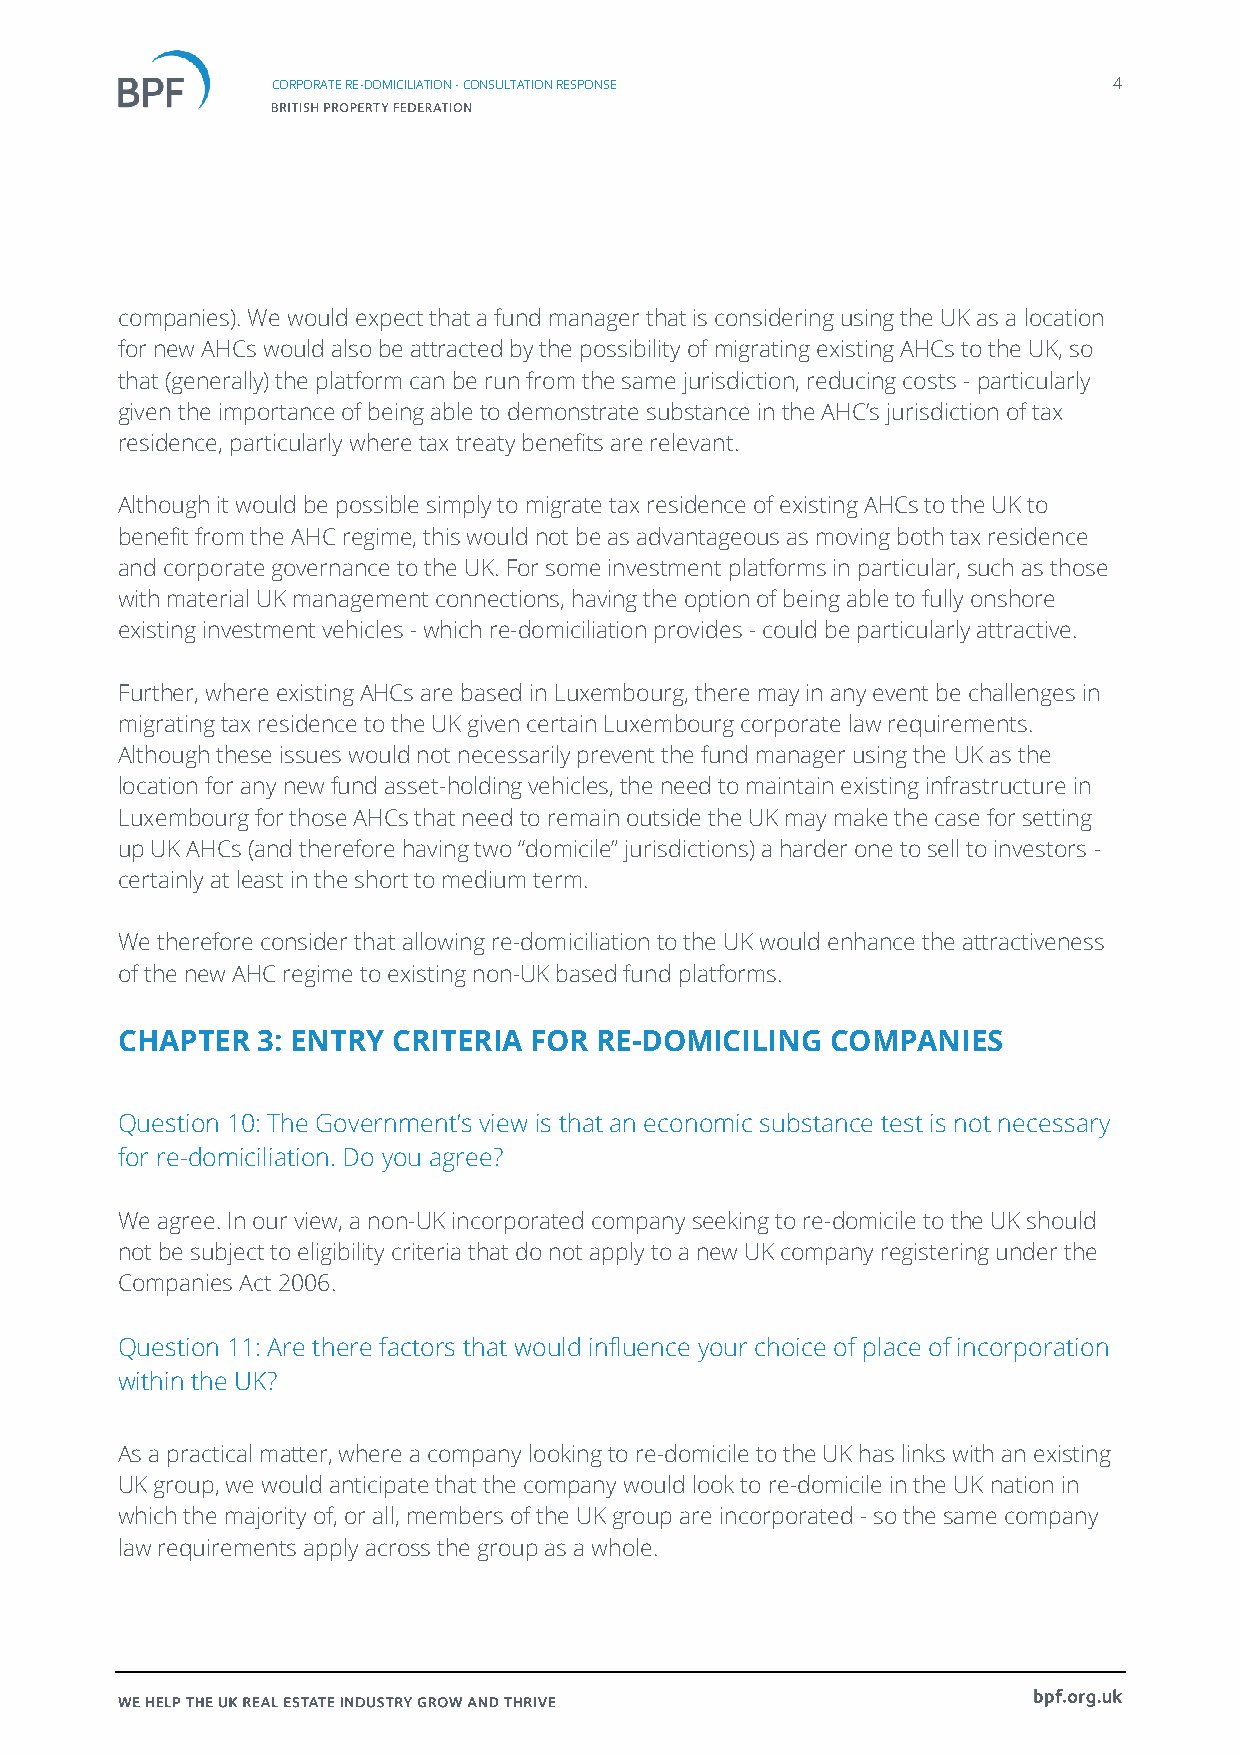
CORPORATE RE-DOMICILIATION - CONSULTATION RESPONSE      4
 companies). We would expect that a fund manager that is considering using the UK as a location
 for new AHCs would also be attracted by the possibility of migrating existing AHCs to the UK, so
 that (generally) the platform can be run from the same jurisdiction, reducing costs - particularly
 given the importance of being able to demonstrate substance in the AHC’s jurisdiction of tax
 residence, particularly where tax treaty benefits are relevant.
 Although it would be possible simply to migrate tax residence of existing AHCs to the UK to
 benefit from the AHC regime, this would not be as advantageous as moving both tax residence
 and corporate governance to the UK. For some investment platforms in particular, such as those
 with material UK management connections, having the option of being able to fully onshore
 existing investment vehicles - which re-domiciliation provides - could be particularly attractive.
 Further, where existing AHCs are based in Luxembourg, there may in any event be challenges in
 migrating tax residence to the UK given certain Luxembourg corporate law requirements.
 Although these issues would not necessarily prevent the fund manager using the UK as the
 location for any new fund asset-holding vehicles, the need to maintain existing infrastructure in
 Luxembourg for those AHCs that need to remain outside the UK may make the case for setting
 up UK AHCs (and therefore having two “domicile” jurisdictions) a harder one to sell to investors -
 certainly at least in the short to medium term.
 We therefore consider that allowing re-domiciliation to the UK would enhance the attractiveness
 of the new AHC regime to existing non-UK based fund platforms.
 CHAPTER  3: ENTRY CRITERIA FOR RE-DOMICILING   COMPANIES
 Question 10: The Government’s view is that an economic substance test is not necessary
 for re-domiciliation. Do you agree?
 We agree. In our view, a non-UK incorporated company seeking to re-domicile to the UK should
 not be subject to eligibility criteria that do not apply to a new UK company registering under the
 Companies Act 2006.
 Question 11: Are there factors that would influence your choice of place of incorporation
 within the UK?
 As a practical matter, where a company looking to re-domicile to the UK has links with an existing
 UK group, we would anticipate that the company would look to re-domicile in the UK nation in
 which the majority of, or all, members of the UK group are incorporated - so the same company
 law requirements apply across the group as a whole.